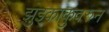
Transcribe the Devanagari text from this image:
झुइकाकुवरुन